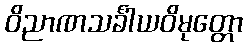
ဝိညာဏသင်္ခါယဝိမုတ္တော